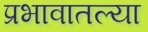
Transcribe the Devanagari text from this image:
प्रभावातल्या